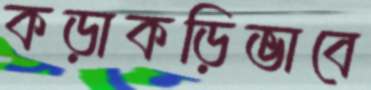
কড়াকড়িভাবে